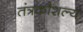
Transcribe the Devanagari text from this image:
तंत्रकौशल्य